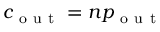
c _ { \mathrm { ~ o ~ u ~ t ~ } } = n p _ { \mathrm { ~ o ~ u ~ t ~ } }